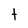
Character: t